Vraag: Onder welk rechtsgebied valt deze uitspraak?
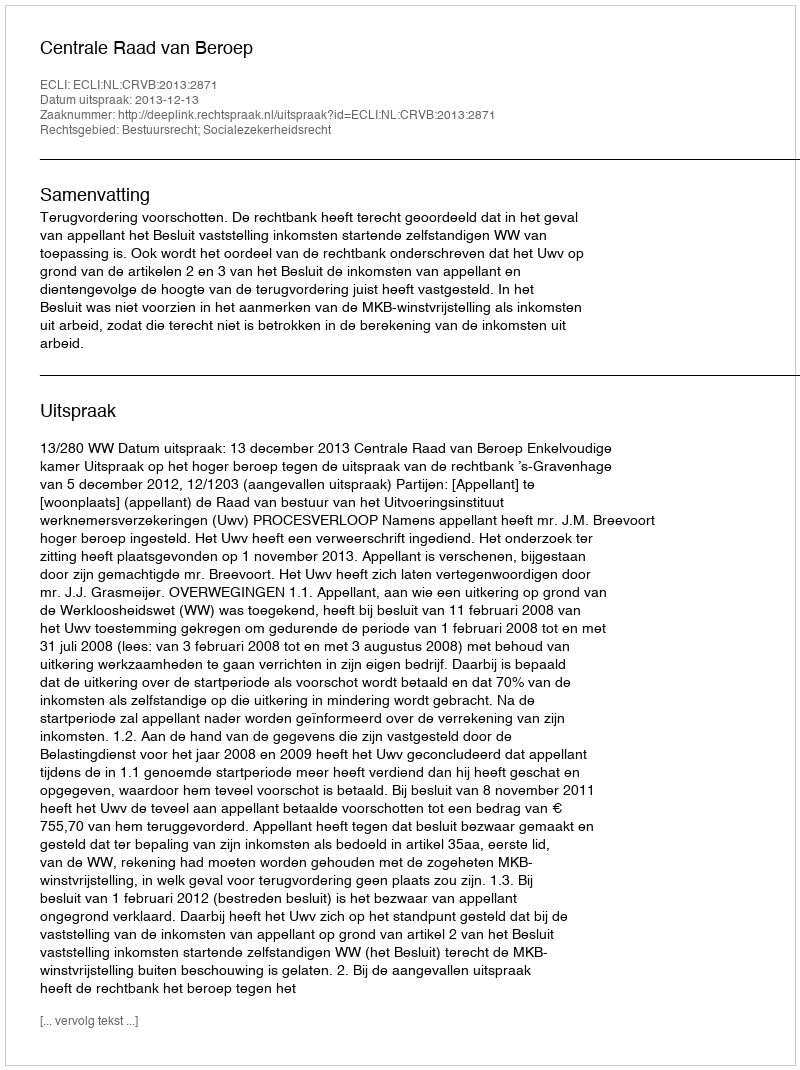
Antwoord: Bestuursrecht; Socialezekerheidsrecht